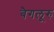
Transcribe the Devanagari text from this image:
बैगलूरु